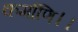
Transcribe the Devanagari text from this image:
कर्माणि।।